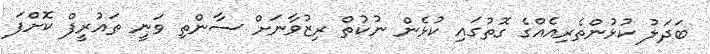
ބަދަލު ކުޅުންތެރިއެއްގެ ގޮތުގައި ކުޅެން ނުކުތް ރިޒުވާނަށް ސާންތި ވަނީ ތައުރީފް ކޮށްފަ